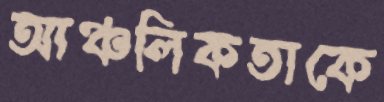
আঞ্চলিকতাকে